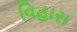
વિહારા